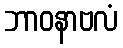
ဘာဝနာဗလံ